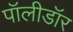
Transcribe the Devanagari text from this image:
पॉलीडॉर